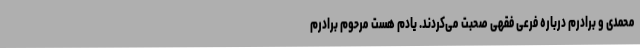
محمدی و برادرم درباره فرعی فقهی صحبت می‌کردند. یادم هست مرحوم برادرم